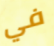
في